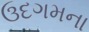
ઉદગમના